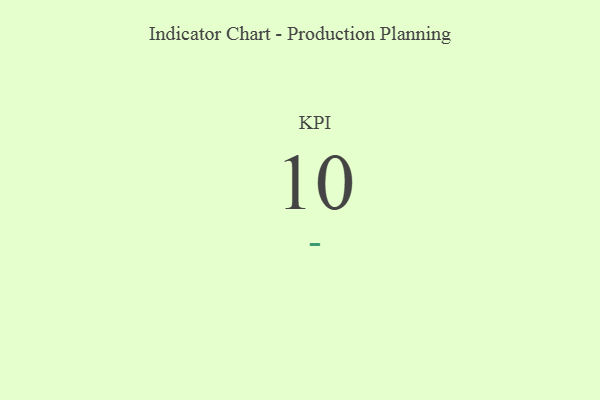
{"axis": {"x": "KPI", "y": "Value"}, "legend": [""], "data": [{"x": "KPI", "y": 10, "type": ""}]}